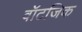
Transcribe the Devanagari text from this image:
वॉटजिक